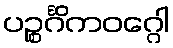
ပဉ္စင်္ဂိကဝဂ္ဂေါ